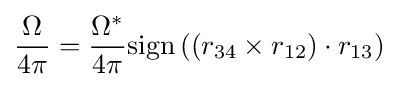
{\frac {\Omega }{4\pi }}={\frac {\Omega ^{*}}{4\pi }}{\text{sign}}\left(\left(r_{34}\times r_{12}\right)\cdot r_{13}\right)